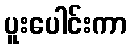
ပူးပေါင်းကာ